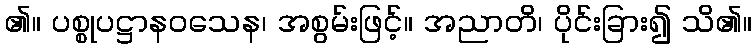
၏။ ပစ္စုပဋ္ဌာနဝသေန၊ အစွမ်းဖြင့်။ အညာတိ၊ ပိုင်းခြား၍ သိ၏။